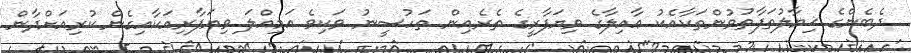
ދެބެންގެ ޚިޔާލުތަފާތުވުންތަކާއެކު ޢާއިލާގެ ވިޔަފާރީގެ ތެރެއިން ތަހުސީނު ވަކިވެ އަމިއްލަ ވިޔަފާރިއަކާއިގެން ކުރިއަށްދާން